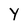
Character: Y